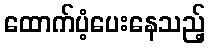
ထောက်ပံ့ပေးနေသည့်